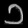
Digit: ၁